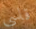
قاسي